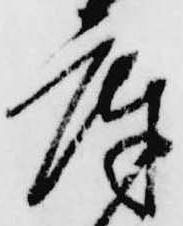
庫